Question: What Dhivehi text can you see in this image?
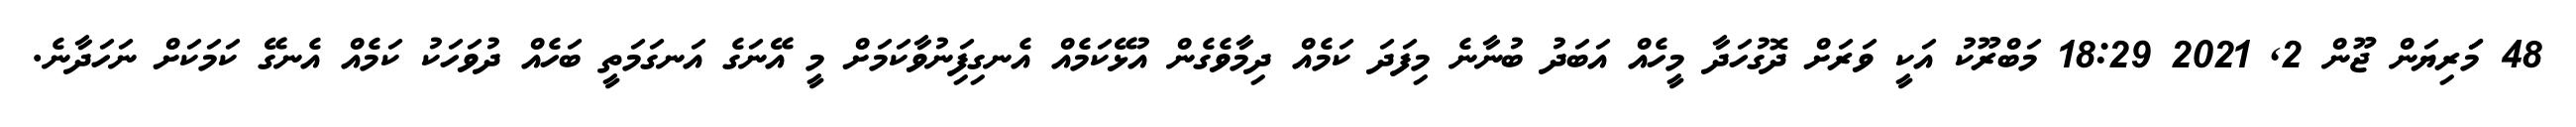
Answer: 48 މަަރިޔަން ޖޫން 2, 2021 18:29 މަބްރޫކު އަކީ ވަރަށް ދޮގުހަދާ މީހެއް އަބަދު ބުނާނެ މިފަދަ ކަމެއް ދިމާވެގެން އުޅޭކަމެއް އެނގިފަިނުވާކަމަށް މީ އޭނަގެ އަނގަމަތީ ބަހެއް ދުވަހަކު ކަމެއް އެނގޭ ކަމަކަށް ނަހަދާނެ.